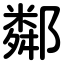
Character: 鄰